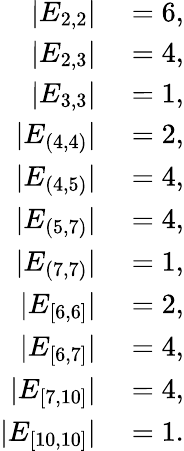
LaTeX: \begin{array}{rl}{|E_{2,2}|}&{{}=6,}\\ {|E_{2,3}|}&{{}=4,}\\ {|E_{3,3}|}&{{}=1,}\\ {|E_{(4,4)}|}&{{}=2,}\\ {|E_{(4,5)}|}&{{}=4,}\\ {|E_{(5,7)}|}&{{}=4,}\\ {|E_{(7,7)}|}&{{}=1,}\\ {|E_{[6,6]}|}&{{}=2,}\\ {|E_{[6,7]}|}&{{}=4,}\\ {|E_{[7,10]}|}&{{}=4,}\\ {|E_{[10,10]}|}&{{}=1.}\end{array}